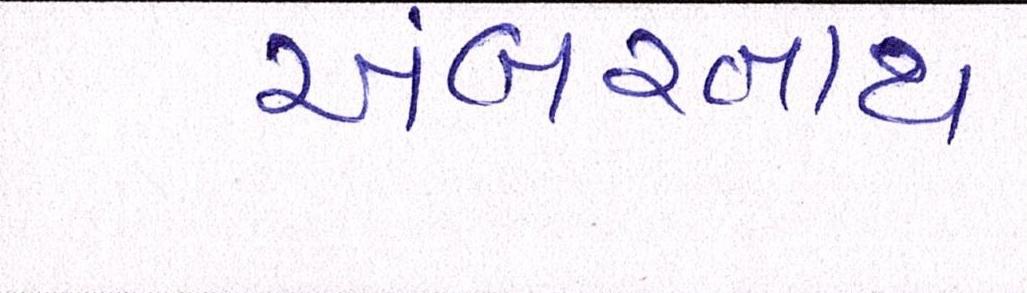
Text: અંબરનાથ